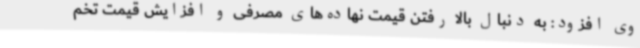
وی افزود: به دنبال بالا رفتن قیمت نهاده‌های مصرفی و افزایش قیمت تخم